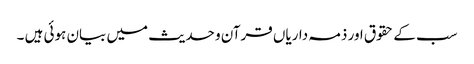
سب کے حقوق اور ذمہ داریاں قرآن و حدیث میں بیان ہوئی ہیں ۔